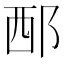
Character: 𨚹